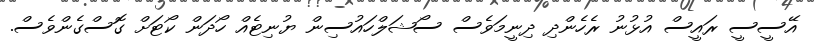
އޭސީސީ ރައީސް އުޅުނު ރެހެންދި ދިނީމަވެސް ސޯޝަލްހައުސިން ޔުނިޓެއް ހޯދަން ކޯޓަށް ގޮސްގެންވެސް.